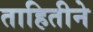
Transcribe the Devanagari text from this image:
ताहितीने